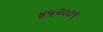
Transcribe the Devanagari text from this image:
४५२००९